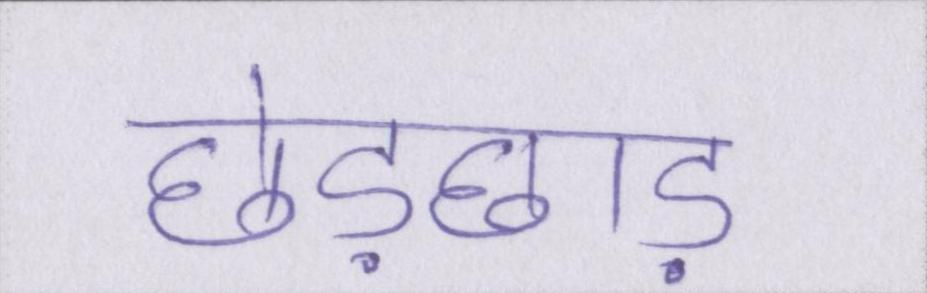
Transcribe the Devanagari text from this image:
छेड़छाड़